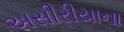
અસીરીયાના